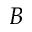
B